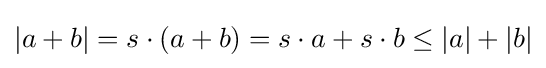
|a+b|=s\cdot (a+b)=s\cdot a+s\cdot b\leq |a|+|b|